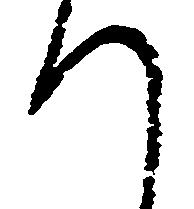
つ